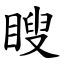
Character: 瞍